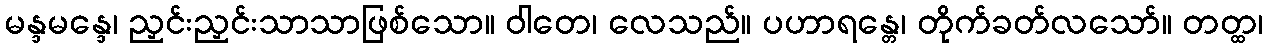
မန္ဒမန္ဒေ၊ ညှင်းညှင်းသာသာဖြစ်သော။ ဝါတေ၊ လေသည်။ ပဟာရန္တေ၊ တိုက်ခတ်လသော်။ တတ္ထ၊